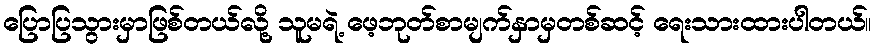
ပြောပြသွားမှာဖြစ်တယ်လို့ သူမရဲ့ ဖေ့ဘုတ်စာမျက်နှာမှတစ်ဆင့် ရေးသားထားပါတယ်။